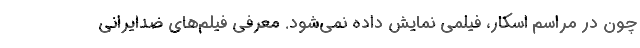
چون در مراسم اسکار، فیلمی ‌نمایش داده نمی‌شود. معرفی فیلم‌های ضدایرانی